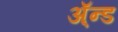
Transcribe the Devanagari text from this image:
ॲ्न्ड